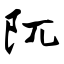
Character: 阢